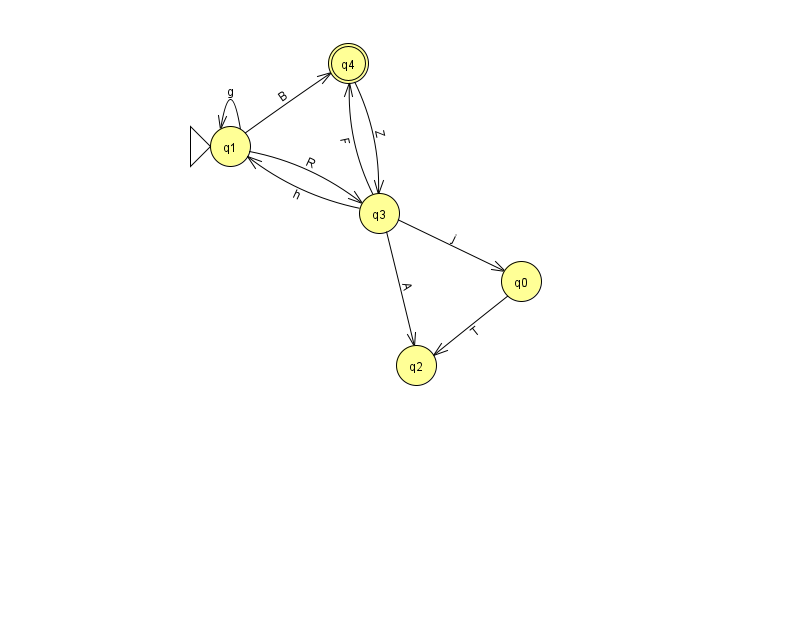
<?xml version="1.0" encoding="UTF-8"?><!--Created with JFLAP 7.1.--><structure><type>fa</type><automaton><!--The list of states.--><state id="0" name="q0"><x>521.0</x><y>268.0</y></state><state id="1" name="q1"><x>230.0</x><y>133.0</y><initial/></state><state id="2" name="q2"><x>416.0</x><y>352.0</y></state><state id="3" name="q3"><x>379.0</x><y>200.0</y></state><state id="4" name="q4"><x>348.0</x><y>50.0</y><final/></state><!--The list of transitions.--><transition><from>3</from><to>1</to><read>h</read></transition><transition><from>0</from><to>2</to><read>T</read></transition><transition><from>3</from><to>2</to><read>A</read></transition><transition><from>1</from><to>1</to><read>g</read></transition><transition><from>3</from><to>4</to><read>F</read></transition><transition><from>1</from><to>4</to><read>B</read></transition><transition><from>1</from><to>3</to><read>R</read></transition><transition><from>4</from><to>3</to><read>Z</read></transition><transition><from>3</from><to>0</to><read>j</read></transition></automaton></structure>